Leaving Certificate Examination (including Day School Certificate (Higher) General paper), 1936
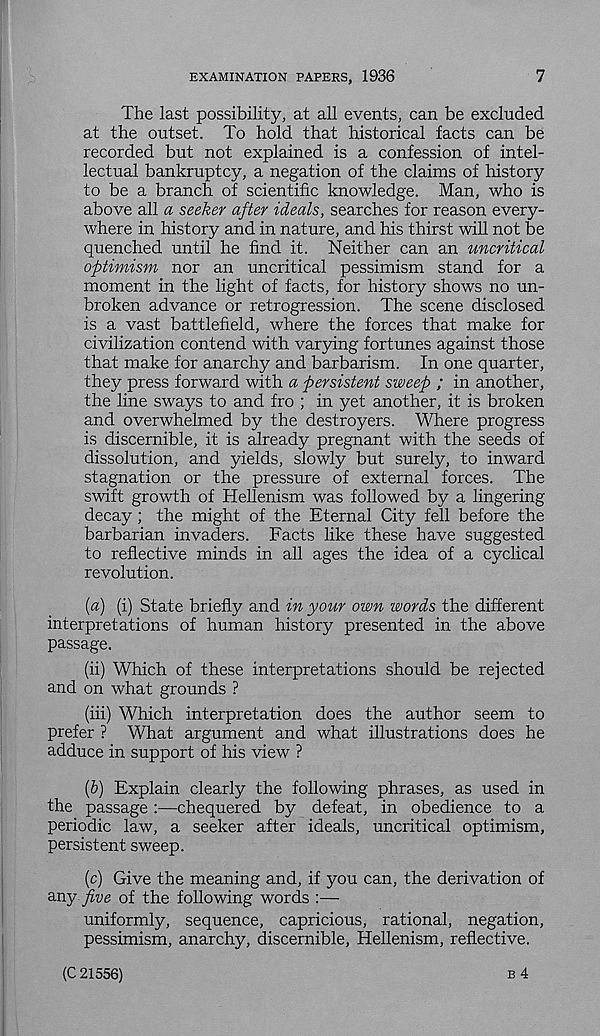
EXAMINATION PAPERS, 1936
7
The last possibility, at all events, can be excluded
at the outset. To hold that historical facts can be
recorded but not explained is a confession of intel-
lectual bankruptcy, a negation of the claims of history
to be a branch of scientific knowledge. Man, who is
above all a seeker after ideals, searches for reason every-
where in history and in nature, and his thirst will not be
quenched until he find it. Neither can an uncritical
optimism nor an uncritical pessimism stand for a
moment in the light of facts, for history shows no un-
broken advance or retrogression. The scene disclosed
is a vast battlefield, where the forces that make for
civilization contend with varying fortunes against those
that make for anarchy and barbarism. In one quarter,
they press forward with a persistent sweep ; in another,
the line sways to and fro ; in yet another, it is broken
and overwhelmed by the destroyers. Where progress
is discernible, it is already pregnant with the seeds of
dissolution, and yields, slowly but surely, to inward
stagnation or the pressure of external forces. The
swift growth of Hellenism was followed by a lingering
decay; the might of the Eternal City fell before the
barbarian invaders. Facts like these have suggested
to reflective minds in all ages the idea of a cyclical
revolution.
(a) (i) State briefly and in your own words the different
interpretations of human history presented in the above
passage.
(ii) Which of these interpretations should be rejected
and on what grounds ?
(iii) Which interpretation does the author seem to
prefer ? What argument and what illustrations does he
adduce in support of his view ?
(b) Explain clearly the following phrases, as used in
the passage :—chequered by defeat, in obedience to a
periodic law, a seeker after ideals, uncritical optimism,
persistent sweep.
(c) Give the meaning and, if you can, the derivation of
any five of the following words :—
uniformly, sequence, capricious, rational, negation,
pessimism, anarchy, discernible, Hellenism, reflective.
B 4
(C 21556)